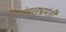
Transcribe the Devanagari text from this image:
जंगलभ्रमंती